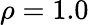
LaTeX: \rho=1.0